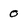
Character: 0